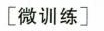
[微训练]